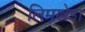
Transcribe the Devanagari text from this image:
लिमखेडा